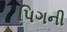
પિગની